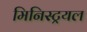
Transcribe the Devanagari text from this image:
मिनिस्ट्रयल